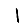
Digit: 1